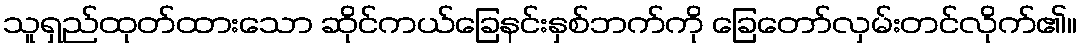
သူရှည်ထုတ်ထားသော ဆိုင်ကယ်ခြေနင်းနှစ်ဘက်ကို ခြေတော်လှမ်းတင်လိုက်၏။